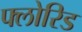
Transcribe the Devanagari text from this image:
फ्लोरिड